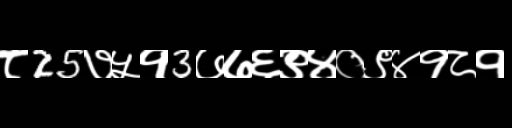
Text: ८25७५१3७७६९४०९४१८१